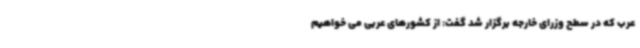
عرب که در سطح وزرای خارجه برگزار شد گفت: از کشورهای عربی می خواهیم